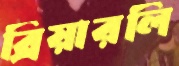
ব্রিয়ারলি